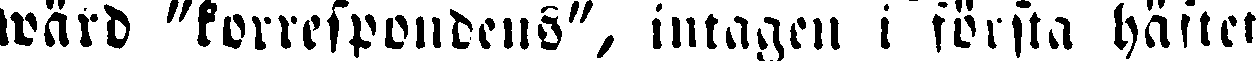
wärd "korrespondens", intaaen i första häftet